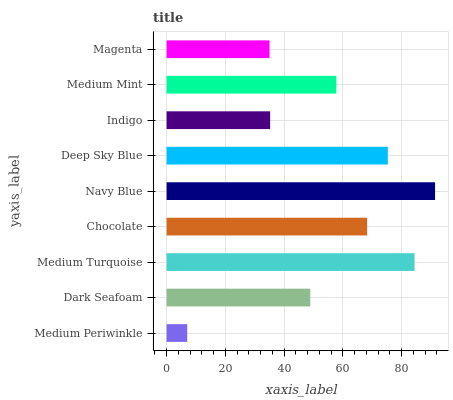
| yaxis_label | bars |
 | --- | --- |
 | Medium Periwinkle | 7.02 |
 | Dark Seafoam | 48.9 |
 | Medium Turquoise | 84.4 |
 | Chocolate | 68.3 |
 | Navy Blue | 91.4 |
 | Deep Sky Blue | 75.3 |
 | Indigo | 35.2 |
 | Medium Mint | 57.8 |
 | Magenta | 35 |